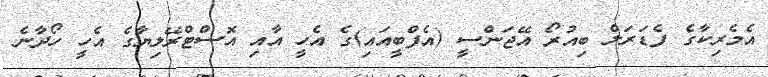
އެމެރިކާގެ ފެޑަރަލް ބިއުރޯ އޭޖަންސީ (އެފްބީއައި)ގެ އެހީ އާއި އޮސްޓްރޭލިޔާގެ އެހީ ހޯދާނެ